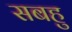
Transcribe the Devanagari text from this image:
सबहु